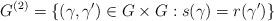
LaTeX: \begin{gather*}G^{(2)}=\{(\gamma,\gamma')\in G\times G: s(\gamma)=r(\gamma')\}\end{gather*}